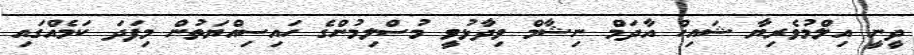
ދީނީ އިލްމުވެރިޔާ ޝައިހް އާދަމް ނިޝާމް ވިދާޅުވީ މުސްލިމުންގެ ހައިސިއްޔަތުން މިފަދަ ކަމެއްގައި